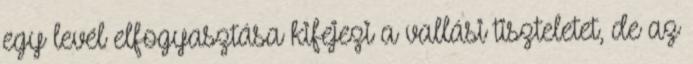
egy levél elfogyasztása kifejezi a vallási tiszteletet, de az